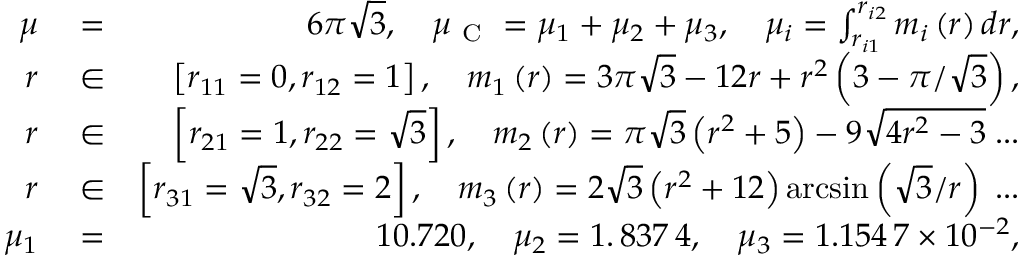
\begin{array} { r l r } { \mu } & { { } = } & { 6 \pi \sqrt { 3 } , \quad \mu _ { \mathrm { ~ C ~ } } = \mu _ { 1 } + \mu _ { 2 } + \mu _ { 3 } , \quad \mu _ { i } = \int _ { r _ { i 1 } } ^ { r _ { i 2 } } m _ { i } \left( r \right) d r , } \\ { r } & { { } \in } & { \left[ r _ { 1 1 } = 0 , r _ { 1 2 } = 1 \right] , \quad m _ { 1 } \left( r \right) = 3 \pi \sqrt { 3 } - 1 2 r + r ^ { 2 } \left( 3 - \pi / \sqrt { 3 } \right) , } \\ { r } & { { } \in } & { \left[ r _ { 2 1 } = 1 , r _ { 2 2 } = \sqrt { 3 } \right] , \quad m _ { 2 } \left( r \right) = \pi \sqrt { 3 } \left( r ^ { 2 } + 5 \right) - 9 \sqrt { 4 r ^ { 2 } - 3 } \; . . . } \\ { r } & { { } \in } & { \left[ r _ { 3 1 } = \sqrt { 3 } , r _ { 3 2 } = 2 \right] , \quad m _ { 3 } \left( r \right) = 2 \sqrt { 3 } \left( r ^ { 2 } + 1 2 \right) \arcsin \left( \sqrt { 3 } / r \right) \; . . . } \\ { \mu _ { 1 } } & { { } = } & { 1 0 . 7 2 0 , \quad \mu _ { 2 } = 1 . \, 8 3 7 \, 4 , \quad \mu _ { 3 } = 1 . 1 5 4 \, 7 \times 1 0 ^ { - 2 } , } \end{array}